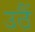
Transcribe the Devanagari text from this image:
उठैं